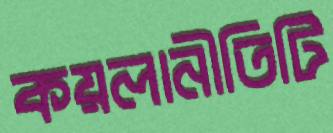
কয়লানীতিটি